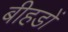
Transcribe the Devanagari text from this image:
बीहडों